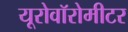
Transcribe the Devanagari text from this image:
यूरोवॉरोमीटर